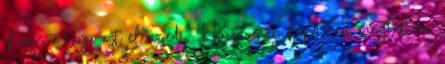
ahogy a társa azt elengedi, Hirion meg képtelen megtartani